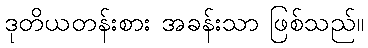
ဒုတိယတန်းစား အခန်းသာ ဖြစ်သည်။